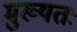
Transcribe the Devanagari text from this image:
मुख्यतः